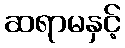
ဆရာမနှင့်